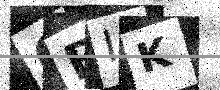
Text: 6BIK